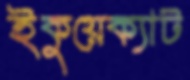
ইকুয়েক্যাট